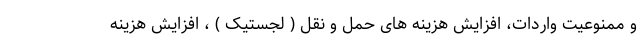
و ممنوعیت واردات، افزایش هزینه های حمل و نقل ( لجستیک ) ، افزایش هزینه